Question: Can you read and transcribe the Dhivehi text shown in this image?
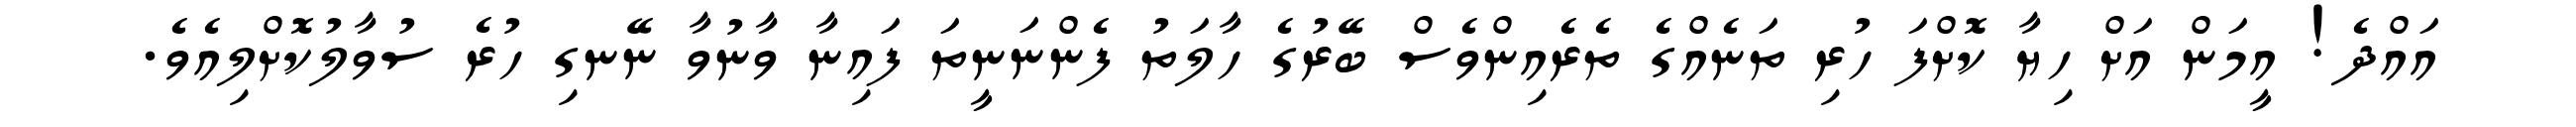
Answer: އައްދެ! އީމަން އަށް ހިޔާ ކޮށްފަ ހުރި ތަނެއްގެ ތެރެއިންވެސް ބޭރުގެ ހާލަތު ފެންނަނީތަ ފައިނާ ވާނުވާ ނޭނގި ހުރެ ސުވާލުކޮށްލިއެވެ.